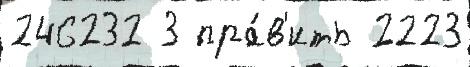
246232 3 пра́в'ить 2223